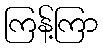
ကြန့်ကြာ